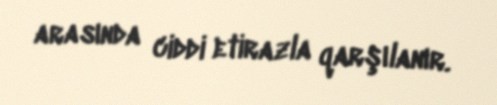
arasında ciddi etirazla qarşılanır.